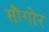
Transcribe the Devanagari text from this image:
सौगोर